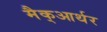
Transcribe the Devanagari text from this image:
मैक्‌आर्थर